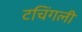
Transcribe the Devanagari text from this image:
टचिंगली